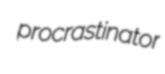
procrastinator